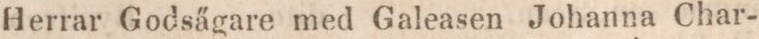
Herrar Godsägare med Galeasen Johanna Char-